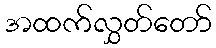
အထက်လွှတ်တော်